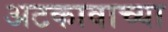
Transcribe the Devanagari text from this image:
अटकावाच्या